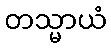
တသ္မာယံ